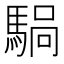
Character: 𫘍